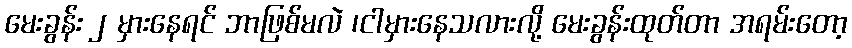
မေးခွန်း ၂ မှားနေရင် ဘာဖြစ်မလဲ ၊ငါမှားနေသလားလို့ မေးခွန်းထုတ်တာ အရမ်းတော့